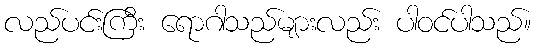
လည်ပင်းကြီး ရောဂါသည်များလည်း ပါဝင်ပါသည်။